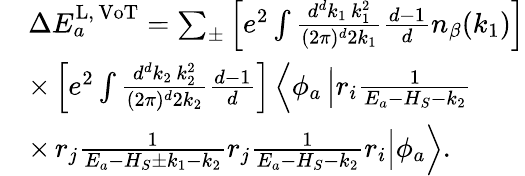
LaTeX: \begin{array}{rl}&{\Delta E_{a}^{\mathrm{L,\, VoT}}=\sum_{\pm}\left[e^{2}\int\frac{d^{d}k_{1}\, k_{1}^{2}}{(2\pi)^{d}2k_{1}}\frac{d-1}{d}n_{\beta}(k_{1})\right]}\\ &{\times\left[e^{2}\int\frac{d^{d}k_{2}\, k_{2}^{2}}{(2\pi)^{d}2k_{2}}\frac{d-1}{d}\right]\left\langle\phi_{a}\left|r_{i}\frac{1}{E_{a}-H_{S}-k_{2}}\right.\right.}\\ &{\times\left.\left.r_{j}\frac{1}{E_{a}-H_{S}\pm k_{1}-k_{2}}r_{j}\frac{1}{E_{a}-H_{S}-k_{2}}r_{i}\right|\phi_{a}\right\rangle.}\end{array}